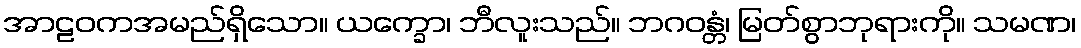
အာဠဝကအမည်ရှိသော။ ယက္ခော၊ ဘီလူးသည်။ ဘဂဝန္တံ၊ မြတ်စွာဘုရားကို။ သမဏ၊